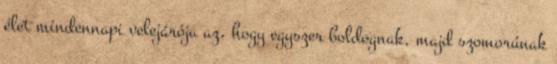
élet mindennapi velejárója az, hogy egyszer boldognak, majd szomorúnak